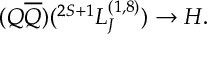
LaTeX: ( Q \overline { { { Q } } } ) ( ^ { 2 S + 1 } L _ { J } ^ { ( 1 , 8 ) } ) \to H .